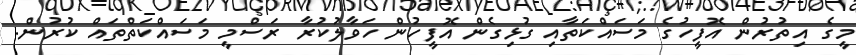
މީގެ އިތުރުން އޮފީހުގެ މަސައްކަތާއި ގުޅިގެން އޮފީހުން ހަވާލުކުރާ ރަސްމީ މަސައްކަތްތައް ކުރުން.